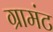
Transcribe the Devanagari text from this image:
ग्रामंट